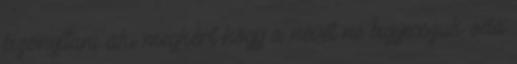
bizonyítani aki megkért hogy a nevét ne bigyesszük oda